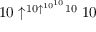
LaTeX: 1 0 \uparrow ^ { 1 0 \uparrow ^ { 1 0 ^ { 1 0 } } 1 0 } 1 0